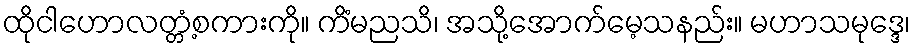
ထိုငါဟောလတ္တံ့စကားကို။ ကိံမညသိ၊ အသို့အောက်မေ့သနည်း။ မဟာသမုဒ္ဒေ၊